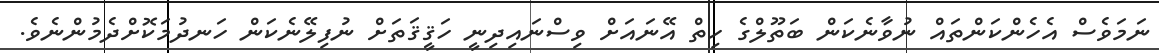
ނަމަވެސް އެހެންކަންތައް ނުވާނެކަން ބަތޫލްގެ ހިތް އޭނައަށް ވިސްނައިދިނީ ހަޤީޤަތަށް ނުފިލޭނެކަން ހަނދުމަކޮށްދެމުންނެވެ.